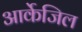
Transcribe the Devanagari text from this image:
आर्केजिल